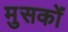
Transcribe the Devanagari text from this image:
मुसकों